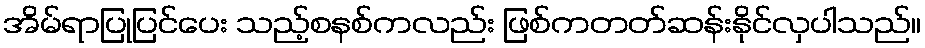
အိမ်ရာပြုပြင်ပေး သည့်စနစ်ကလည်း ဖြစ်ကတတ်ဆန်းနိုင်လှပါသည်။